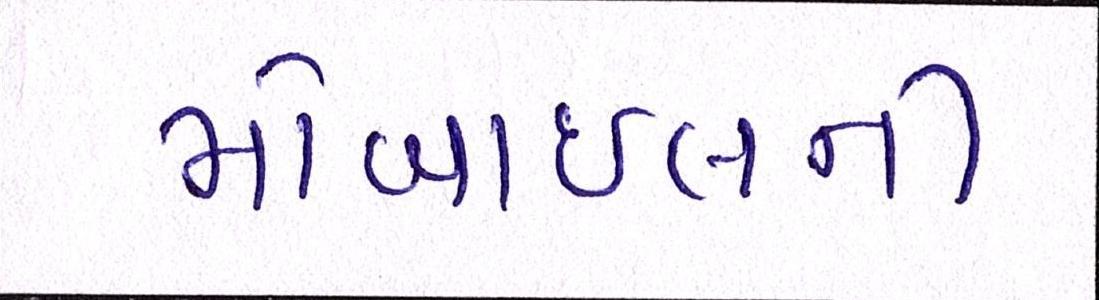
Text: મોબાઈલની